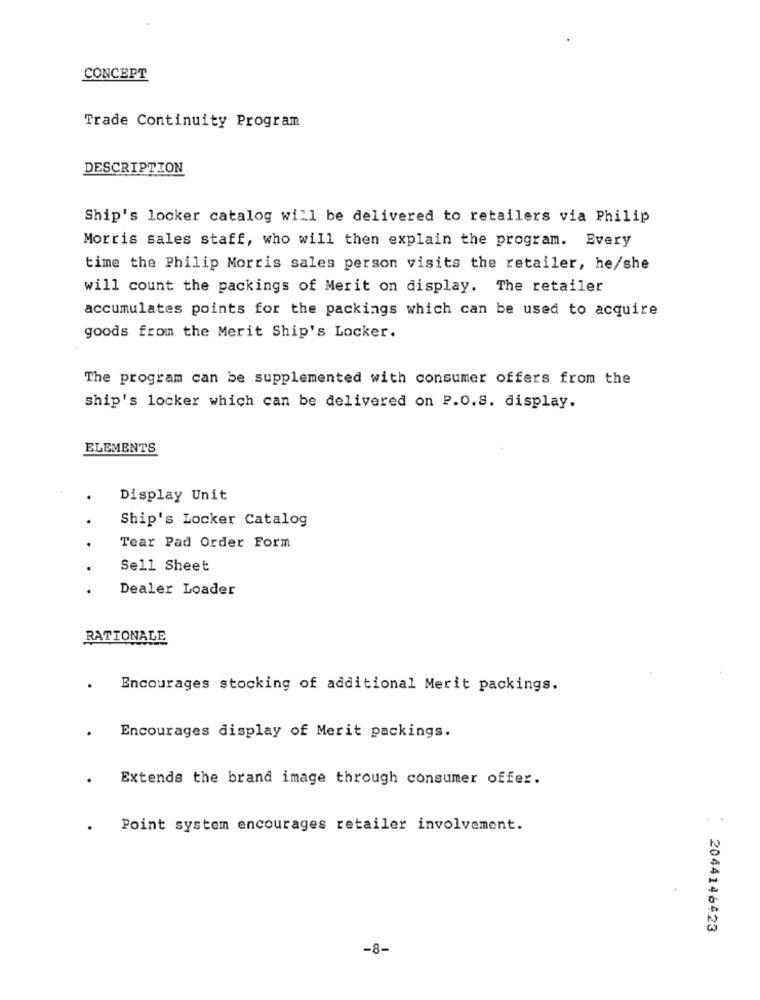
CONCEPT
Trade Continuity Program
DESCRIPTION
Ship's locker catalog will be delivered to retailers via Philip
Morris sales staff, who will then explain the program. Every
time the Philip Morris sales person visits the retailer, he/she
will count the packings of Merit on display. The retailer
accumulates points for the packings which can be used to acquire
goods from the Merit Ship's Locker.
The program can be supplemented with consumer offers from the
ship's locker which can be delivered on P.O.S. display.
ELEMENTS
.
Display Unit
Ship's Locker Catalog
.
Tear Pad Order Form
Sell Sheet
. .
Dealer Loader
RATIONALE
.
Encourages stocking of additional Merit packings.
.
Encourages display of Merit packings.
.
Extends the brand image through consumer offer.
.
Point system encourages retailer involvement.
2044146423
-8-